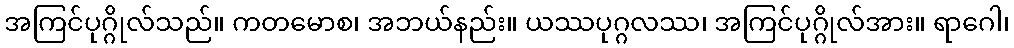
အကြင်ပုဂ္ဂိုလ်သည်။ ကတမောစ၊ အဘယ်နည်း။ ယဿပုဂ္ဂလဿ၊ အကြင်ပုဂ္ဂိုလ်အား။ ရာဂေါ၊